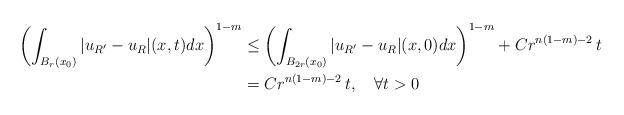
LaTeX: \begin{align*}\left(\int_{B_r(x_0)} |u_{R'}-u_R|(x,t)dx\right)^{1-m}&\leq \left(\int_{B_{2r}(x_0)} |u_{R'}-u_R|(x,0)dx\right)^{1-m}+ Cr^{n(1-m)-2}\,t\\&=Cr^{n(1-m)-2}\,t,\quad\forall t>0\end{align*}